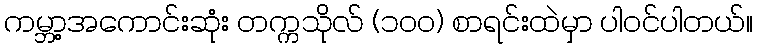
ကမ္ဘာ့အကောင်းဆုံး တက္ကသိုလ် (၁၀၀) စာရင်းထဲမှာ ပါဝင်ပါတယ်။